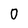
Character: O